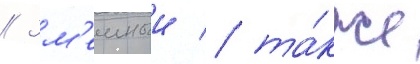
// Зм'еиныи / та́кже